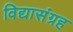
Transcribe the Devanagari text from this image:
विद्यासंग्रह